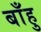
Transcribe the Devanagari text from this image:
बाँहु